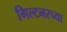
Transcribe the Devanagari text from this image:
गिल्टनरच्या